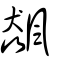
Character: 飆